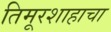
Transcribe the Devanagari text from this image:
तिमूरशाहाचा